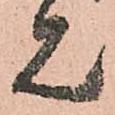
見